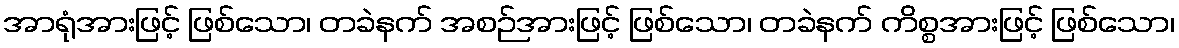
အာရုံအားဖြင့် ဖြစ်သော၊ တခဲနက် အစဉ်အားဖြင့် ဖြစ်သော၊ တခဲနက် ကိစ္စအားဖြင့် ဖြစ်သော၊